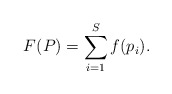
\begin{align*}F(P) = \sum_{i = 1}^S f(p_i).\end{align*}